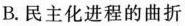
B.民主化进程的曲折